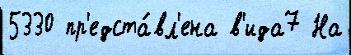
5330 пр'едста́вл'ена в'ида7 На